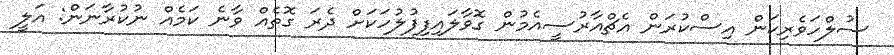
ސުލްހަވެރިކަން އިސްކުރަން އެޗްއާރުސީއެމުން ގޮވާލައިފިފުލުހަކަށް ދެރަ ގޮތެއް ވާނެ ކަމެއް ނުކުރާނަން: އަލީ